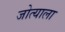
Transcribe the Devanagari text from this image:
जोत्याला